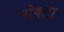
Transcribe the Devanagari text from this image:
षोषला